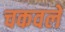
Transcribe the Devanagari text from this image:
चकवले